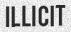
ILLICIT